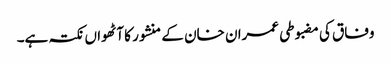
وفاق کی مضبوطی عمران خان کے منشور کا آٹھواں نکتہ ہے۔